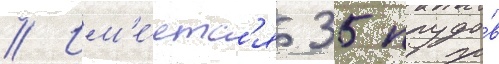
// Им'е́етс'я 35 прудо́в